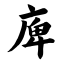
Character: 庳